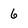
Character: 6